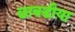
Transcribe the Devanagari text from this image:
छाबडीया